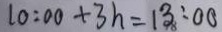
1 0 : 0 0 + 3 h = 1 3 : 0 0